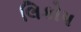
લિકોપ